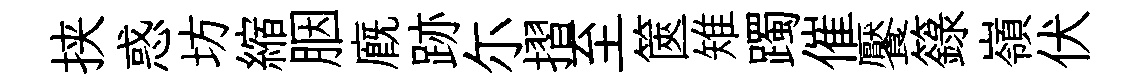
挟惑坊縮胭廐跡尓摺至篋雉躅催饜籙嶺伏